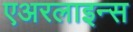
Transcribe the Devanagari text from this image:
एअरलाइन्‍स